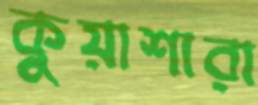
কুয়াশারা